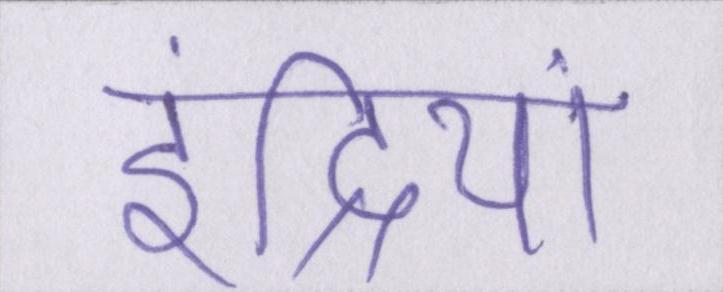
इंद्रियां